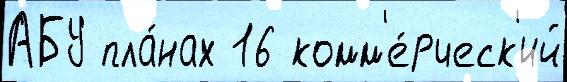
АБУ пла́нах 16 комм'е́рческ'ий